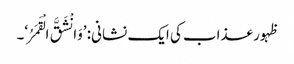
ظہور عذاب کی ایک نشانی: ’وَانْشَقَّ الْقَمَرُ‘۔